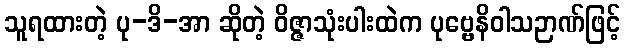
သူရထားတဲ့ ပု-ဒိ-အာ ဆိုတဲ့ ဝိဇ္ဇာသုံးပါးထဲက ပုဗ္ဗေနိဝါသဉာဏ်ဖြင့်